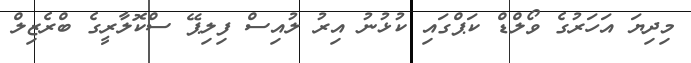
މިދިޔަ އަހަރުގެ ވޯލްޑް ކަޕްގައި ކުޅުނު އިރު ލުއިސް ފިލިޕޭ ސްކޮލާރީގެ ބްރެޒިލް